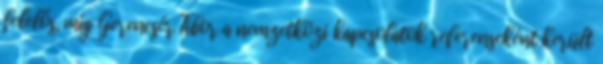
felelős, míg Gerencsér Tibor a nemzetközi kapcsolatok referenseként került